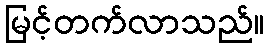
မြင့်တက်လာသည်။